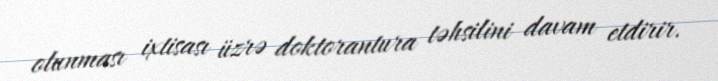
olunması ixtisası üzrə doktorantura təhsilini davam etdirir.